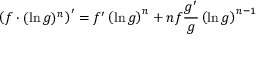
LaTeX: \left( f \cdot ( \ln g ) ^ { n } \right) ^ { \prime } = f ^ { \prime } \left( \ln g \right) ^ { n } + n f { \frac { g ^ { \prime } } { g } } \left( \ln g \right) ^ { n - 1 }